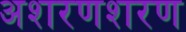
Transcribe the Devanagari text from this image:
अशरणशरण